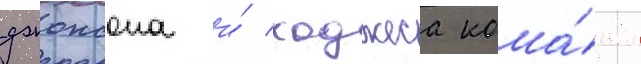
джонсона и́ ходжеса кома́нда